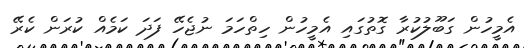
އެމީހުން ގަބޫލުކުރާ ގޮތުގައި އެމީހުން ހިތްހަމަ ނުޖެހޭ ފަދަ ކަމެއް ކުރަން ކެރޭ